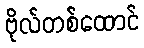
ဗိုလ်တစ်ထောင်